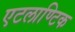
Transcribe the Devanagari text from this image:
एटलाण्टिक